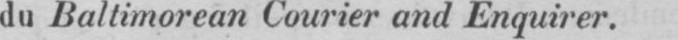
du Baltimorean Courier and Enquirer.